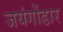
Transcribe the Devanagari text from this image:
जयंगोंडार